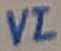
Text: VI